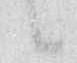
候